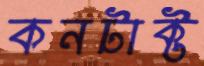
কনটাক্ট